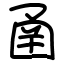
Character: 圅